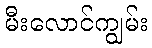
မီးလောင်ကျွမ်း